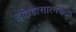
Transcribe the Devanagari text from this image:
इतिहासात्मकता